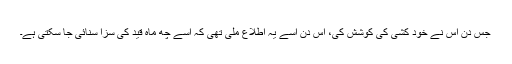
جس دن اس نے خود کشی کی کوشش کی، اس دن اسے يہ اطلاع ملی تھی کہ اسے چھ ماہ قيد کی سزا سنائی جا سکتی ہے۔